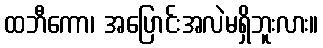
ထဘီကော၊ အပြောင်းအလဲမရှိဘူးလား။